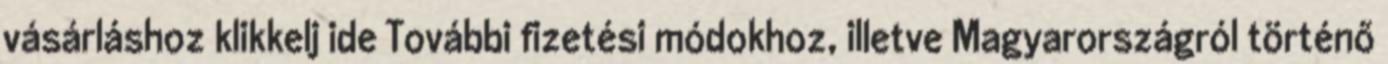
vásárláshoz klikkelj ide További fizetési módokhoz, illetve Magyarországról történő